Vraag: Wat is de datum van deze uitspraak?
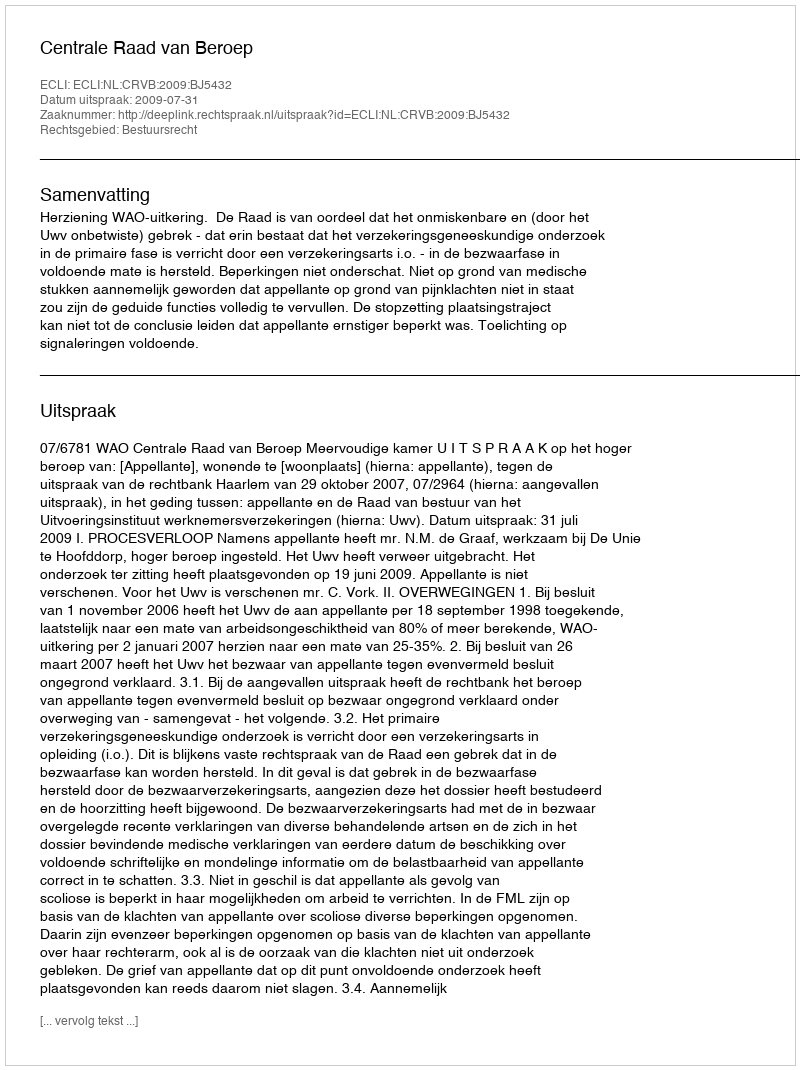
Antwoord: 2009-07-31